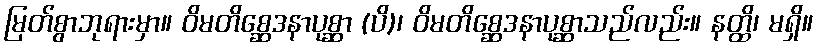
မြတ်စွာဘုရားမှာ။ ဝိမတိစ္ဆေဒနာပုစ္ဆာ (ပိ)၊ ဝိမတိစ္ဆေဒနာပုစ္ဆာသည်လည်း။ နတ္ထိ၊ မရှိ။